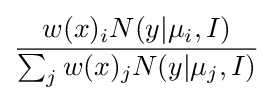
{\frac {w(x)_{i}N(y|\mu _{i},I)}{\sum _{j}w(x)_{j}N(y|\mu _{j},I)}}